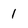
Character: 1